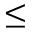
\leq